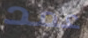
عمد